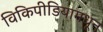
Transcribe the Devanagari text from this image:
विकिपीडियामधून